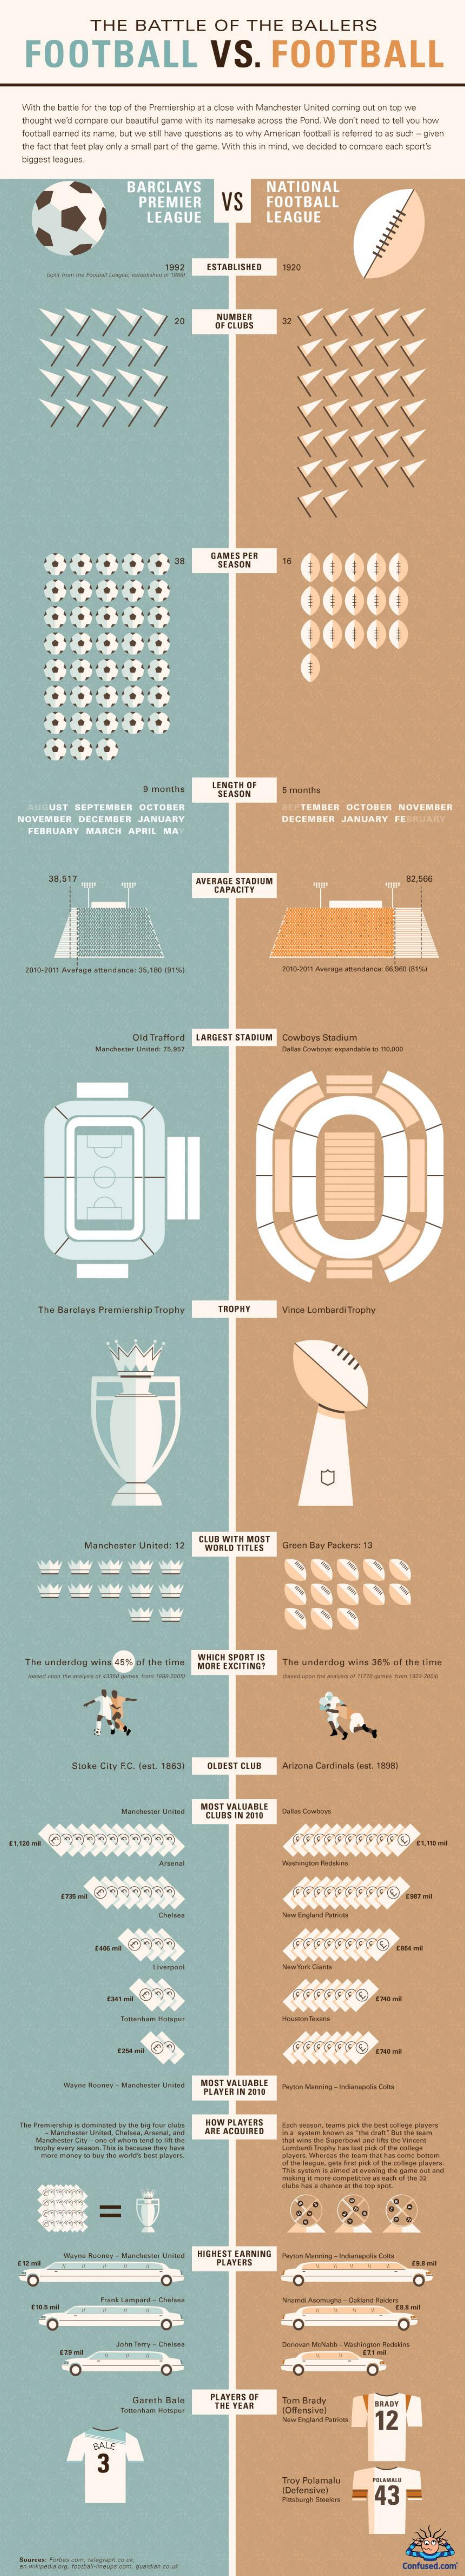
THE    BATTLE    OF    THE    BALLERS
     FOOTBALL    VS.    FOOTBALL
    With the batse for the top of the Premiership at a clous with Manchester United coming out on top we
     thought we'd compere our beautiful game with its narrestbe acsoria the Pond. Wir don't need to tell you how
     football earned as same, but we still have questions as to why American football is srlered 10 os sach = gives
     the fact that feet play only a srull part of the game. Viith this in mind, we decided to company wach sports
     biggeat leaguea.
     BARCLAYS
     PREMIER
     LEAGUE
     VS
     NATIONAL
     FOOTBALL
     LEAGUE
     ESTABLISHED
     LAMIŞ PER
     REASON
     9 months    LENGTH OF
     SEASEN
     AUGUST    SEPTEMBER    OCTOBER    TEMBER    OCTOBER    NOVEMBER
    NOVEMBER    DECEMEER    JANUARY    DECEMEER    JANUARY    FEBRUARY
     FEBRUARY    MARCH    APRIL   MA
     38.517    WERBES  STABILIM
     CAPACITY
     Old Trafford LARGEST  STABIUM   Cowboys Stadium
     pod
     The Barclays Premiership Trophy    TROPHY    Vince Lombardi Trophy
     Manchester United: 12
     CLUE WITH MOST
     WOULD TITLES
     Green Bay Packers: 12
     The underdog  wins 45%  of the time
     WHICH SPORT IS
     MORE EXCITING?    The underdog  wira 38% of the tina
     Stoke City F.C. Jest. 1863)  DLEEST CLUE    Arizona Cardinals lost. 18881
     MOST VALUABLE
     44444-
     Temash
     MOST VALUABLE
     PLAYER IN 2018
     HOW PLETERS
     ASE AGRUINED
     =
     HIGHEST EARNING
     PLAYENS
     Frank Limpild - Calita
     John Terry . Chelsea
     O    O
     Gareth Dala    PLAYERS OF
     THE TEAR
     Tom Brady
     12
     BALE
     3
     Troy Polamalu
     Delernivel    43